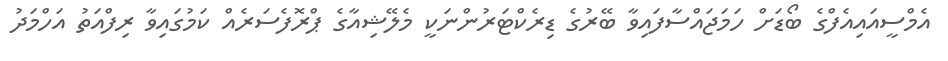
އެމްސީއައިއެފްގެ ބޯޑަށް ހަމަޖައްސާފައިވާ ބޭރުގެ ޑިރެކްޓަރުންނަކީ މެލޭޝިއާގެ ޕްރޮފެސަރެއް ކަމުގައިވާ ރިފްއަތު އަހްމަދު